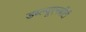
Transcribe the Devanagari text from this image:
डब्ल्यूएनबीटी